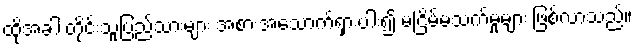
ထိုအခါ တိုင်းသူပြည်သားများ အစားအသောက်ရှားပါး၍ မငြိမ်မသက်မှုများ ဖြစ်လာသည်။